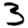
Digit: 3